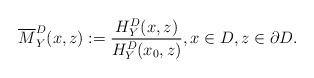
LaTeX: \begin{align*}\overline M^D_Y(x, z):=\frac{H^D_Y(x, z)}{H^D_Y(x_0, z)},x\in D, z\in \partial D.\end{align*}